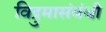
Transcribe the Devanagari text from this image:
विद्रुमासंबंधी